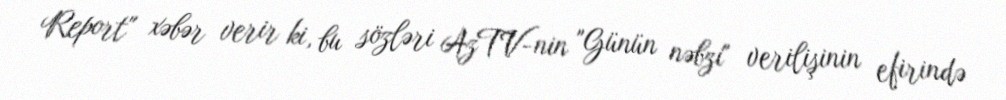
Report" xəbər verir ki, bu sözləri AzTV-nin "Günün nəbzi" verilişinin efirində